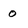
Character: 0